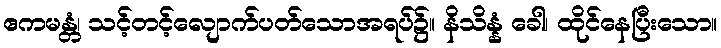
ဧကမန္တံ၊ သင့်တင့်လျောက်ပတ်သောအရပ်၌။ နိသိန္နံ ခေါ၊ ထိုင်နေပြီးသော။